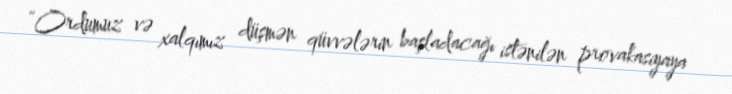
“Ordumuz və xalqımız düşmən qüvvələrin başladacağı istənilən provakasiyaya